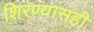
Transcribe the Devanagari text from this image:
शिरण्यासही